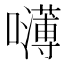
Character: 𰉃